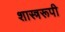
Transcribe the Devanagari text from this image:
शास्त्ररूपी